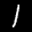
Label: 1